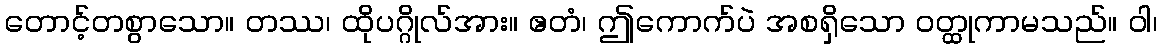
တောင့်တစွာသော။ တဿ၊ ထိုပဂ္ဂိုလ်အား။ ဧတံ၊ ဤကောက်ပဲ အစရှိသော ဝတ္ထုကာမသည်။ ဝါ၊